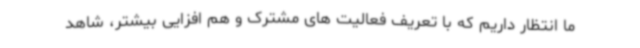
ما انتظار داریم که با تعریف فعالیت های مشترک و هم افزایی بیشتر، شاهد